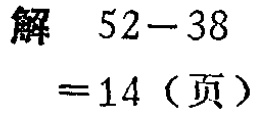
解 \(52 - 38\)

\(= 14\)（页）